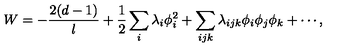
W = - \frac { 2 ( d - 1 ) } { l } + { \frac { 1 } { 2 } } \sum _ { i } \lambda _ { i } \phi _ { i } ^ { 2 } + \sum _ { i j k } \lambda _ { i j k } \phi _ { i } \phi _ { j } \phi _ { k } + \cdots ,